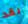
لقد